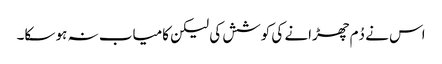
اس نے دُم چھڑانے کی کوشش کی لیکن کامیاب نہ ہو سکا۔